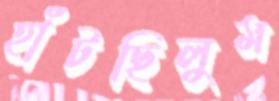
হাঁটছিলুম